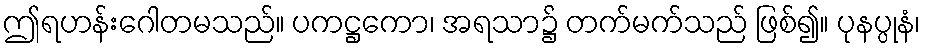
ဤရဟန်းဂေါတမသည်။ ပကဋ္ဌကော၊ အရသာ၌ တက်မက်သည် ဖြစ်၍။ ပုနပ္ပုနံ၊